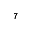
^ 7